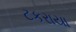
ટકરાયા